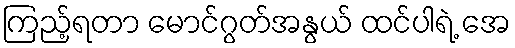
ကြည့်ရတာ မောင်ဂွတ်အနွယ် ထင်ပါရဲ့ အေ